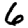
Digit: 6